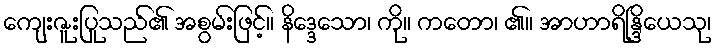
ကျေးဇူးပြုသည်၏ အစွမ်းဖြင့်။ နိဒ္ဒေသော၊ ကို။ ကတော၊ ၏။ အာဟာရိန္ဒြိယေသု၊